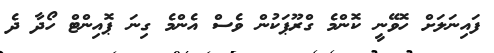
ފައިނަލަށް ހޮވޭނީ ކޮންމެ ގްރޫޕަކުން ވެސް އެންމެ ގިނަ ޕޮއިންޓް ހޯދާ ދެ